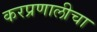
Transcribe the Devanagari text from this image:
करप्रणालीचा